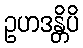
ဥဟဒန္တိပိ